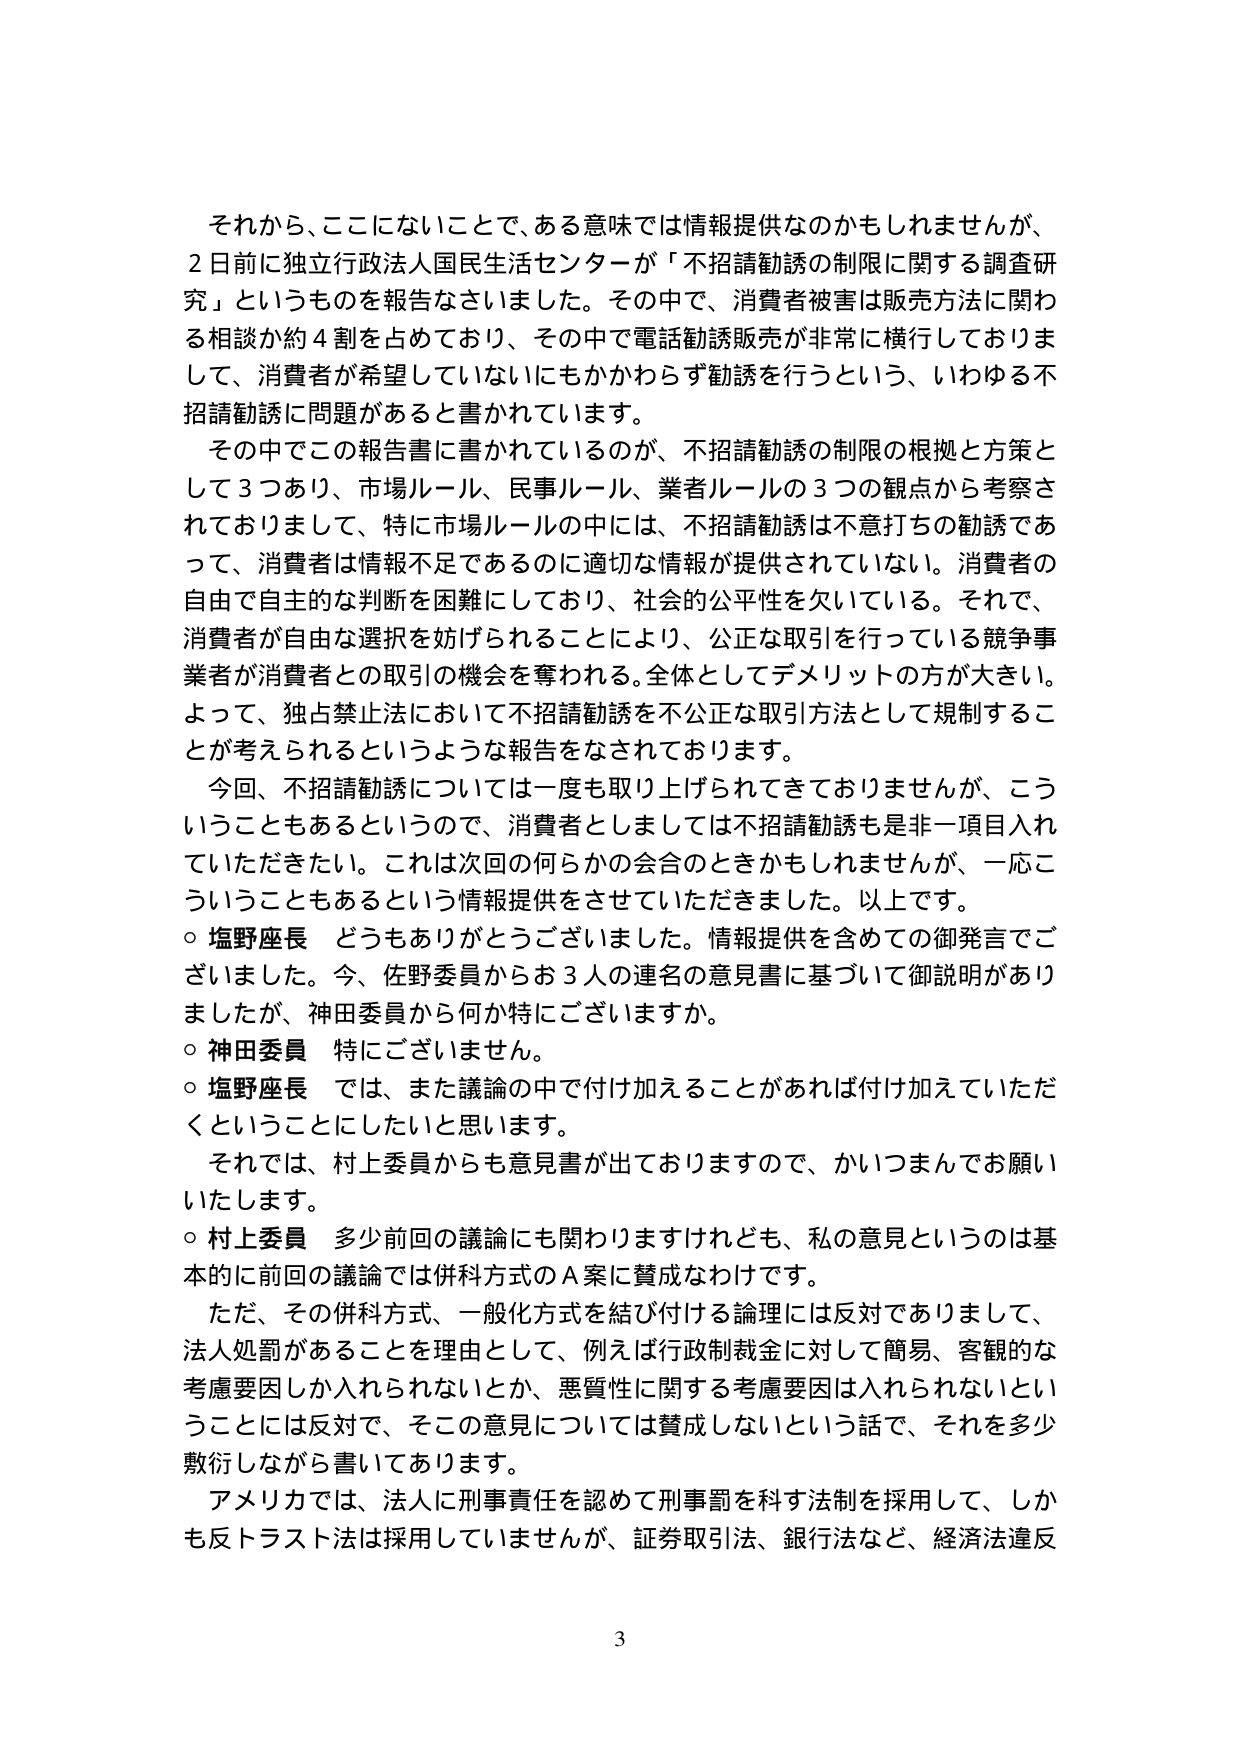
それから、ここにないことで、ある意味では情報提供なのかもしれませんが、
2日前に独立行政法人国民生活センターが「不招請勧誘の制限に関する調査研究」というものを報告なさいました。その中で、消費者被害は販売方法に関わる相談か約4割を占めており、その中で電話勧誘販売が非常に横行しておりまして、消費者が希望していないにもかかわらず勧誘を行うという、いわゆる不招請勧誘に問題があると書かれています。
その中でこの報告書に書かれているのが、不招請勧誘の制限の根拠と方策として3つあり、市場ルール、民事ルール、業者ルールの3つの観点から考察されておりまして、特に市場ルールの中には、不招請勧誘は不意打ちの勧誘であって、消費者は情報不足であるのに適切な情報が提供されていない。消費者の自由で自主的な判断を困難にしており、社会的公平性を欠いている。それで、消費者が自由な選択を妨げられることにより、公正な取引を行っている競争事業者が消費者との取引の機会を奪われる。全体としてデメリットの方が大きい。よって、独占禁止法において不招請勧誘を不公正な取引方法として規制することが考えられるというような報告をなされております。
今回、不招請勧誘については一度も取り上げられてきておりませんが、こういうこともあるというので、消費者としましては不招請勧誘も是非一項目入れていただきたい。これは次回の何らかの会合のときかもしれませんが、一応こういうこともあるという情報提供をさせていただきました。以上です。
○ 塩野座長 どうもありがとうございました。情報提供を含めての御発言でございました。今、佐野委員からお3人の連名の意見書に基づいて御説明がありましたか、神田委員から何か特にございますか。
○ 神田委員 特にございません。
○ 塩野座長 では、また議論の中で付け加えることがあれば付け加えていただくということにしたいと思います。
それでは、村上委員からも意見書が出ておりますので、かいつまんでお願いいたします。
○ 村上委員 多少前回の議論にも関わりますけれども、私の意見というのは基本的に前回の議論では併科方式のA案に賛成なわけです。
ただ、その併科方式、一般化方式を結び付ける論理には反対でありまして、法人処罰があることを理由として、例えば行政制裁金に対して簡易、客観的な考慮要因しか入れられないとか、悪質性に関する考慮要因は入れられないということには反対で、そこの意見については賛成しないという話で、それを多少敷衍しながら書いてあります。
アメリカでは、法人に刑事責任を認めて刑事罰を科す法制を採用して、しかも反トラスト法は採用していませんが、証券取引法、銀行法など、経済法違反
3